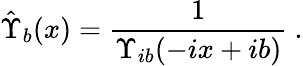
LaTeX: {\hat{\Upsilon}}_{b}(x)={\frac{1}{\Upsilon_{ib}(-ix+ib)}}\ .